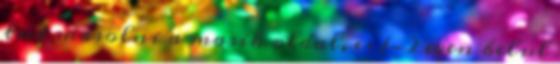
tud masolni a masik oldal, es 1-2 even belul